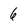
Character: 6